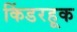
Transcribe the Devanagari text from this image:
किंडरहूक